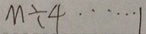
M \div 4 \cdots 1